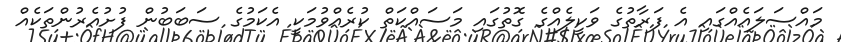
މައްސަލައެއްގައި އެ ފަރާތުގެ ވަކީލެއްގެ ގޮތުގައި މަސައްކަތް ކުރެއްވުމަކީ އެކަމުގެ ސަބަބުން ފުށުއެރުންތަކެއް